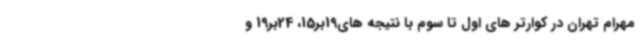
مهرام تهران در کوارتر های اول تا سوم با نتیجه های19بر15، 24بر19 و